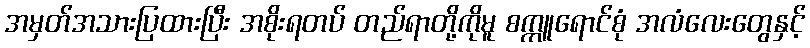
အမှတ်အသားပြထားပြီး အစိုးရတပ် တည်ရာတို့ကိုမူ စက္ကူရောင်စုံ အလံလေးတွေနှင့်